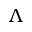
\Lambda